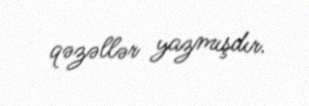
qəzəllər yazmışdır.